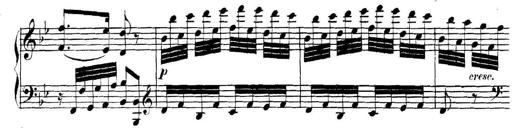
Title: Collected Piano Sonatas
Composer: Muzio Clementi